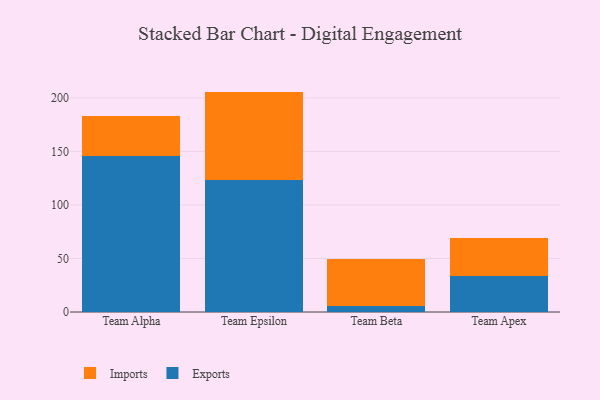
{"axis": {"x": "Team", "y": "Waste Production (Tons)"}, "legend": ["Exports", "Imports"], "data": [{"x": "Team Alpha", "y": 145.8, "type": "Exports"}, {"x": "Team Alpha", "y": 37.5, "type": "Imports"}, {"x": "Team Epsilon", "y": 123.1, "type": "Exports"}, {"x": "Team Epsilon", "y": 82.7, "type": "Imports"}, {"x": "Team Beta", "y": 5.3, "type": "Exports"}, {"x": "Team Beta", "y": 44.0, "type": "Imports"}, {"x": "Team Apex", "y": 33.2, "type": "Exports"}, {"x": "Team Apex", "y": 36.3, "type": "Imports"}]}